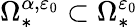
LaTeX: \Omega_{*}^{{\alpha},{\varepsilon_{0}}}\subset\Omega_{*}^{\varepsilon_{0}}